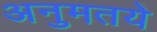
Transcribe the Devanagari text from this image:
अनुमतये